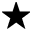
^ { \star }